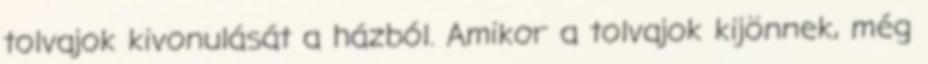
tolvajok kivonulását a házból. Amikor a tolvajok kijönnek, még